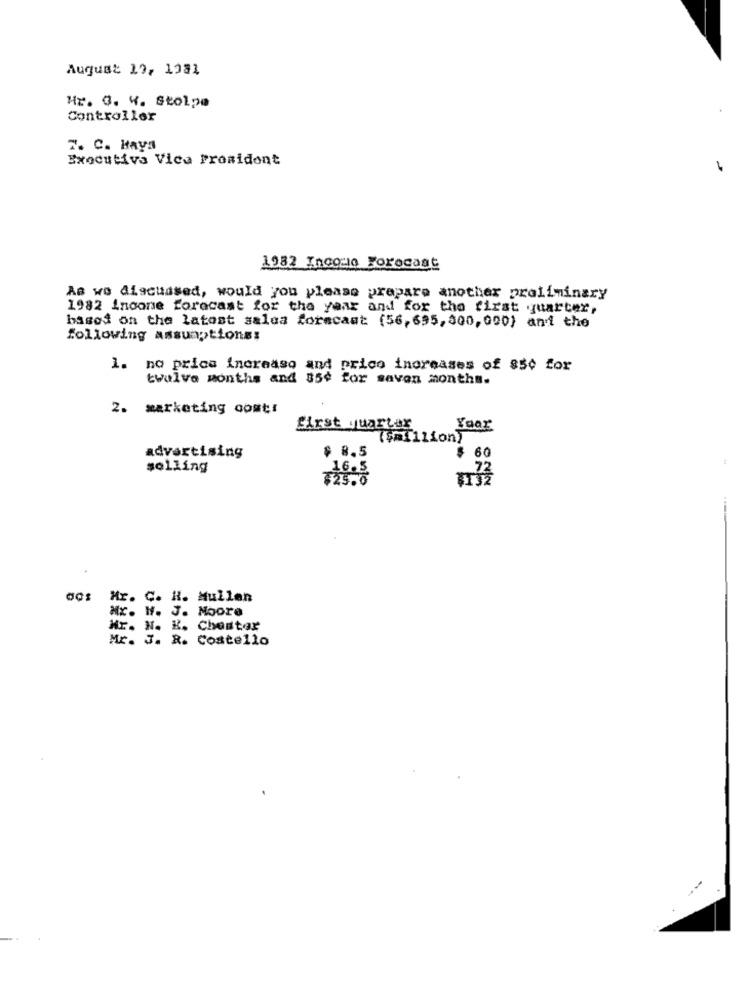
August 19, 1981
Hr. 0. 4. Stolpe
Controller
7. C. Haya
Executiva Vica Prosidont
1982 Income Forecast
As we discussed, would you please prepare another preliminary
1982 Inoone forecast for the year and for the first quarter,
based on the latest salea forecast (56,695, 800, 000) and the
following assumptionss
1. no price increase and prico increases of 850 for
twelve months and 85¢ for savon months.
2. marketing cost!
first
Year
(imillion)
$ 8.5
advertising
$ 60
selling
001
Mr. C. H. Mullen
Mx. H. J. Moore
Mr. N. K. Chester
Mr. J. R. Costello